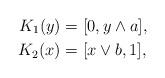
LaTeX: \begin{align*}K_{1}(y) & = [0,y \wedge a], \\K_{2}(x) & = [x \vee b,1], \end{align*}